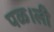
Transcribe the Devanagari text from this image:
पळ।ली